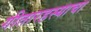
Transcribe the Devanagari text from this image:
गीतारहस्याचा